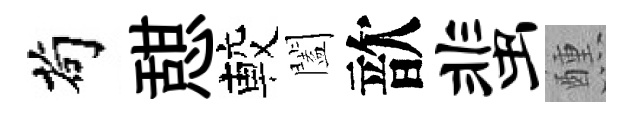
茍憇較闔歆蜚醺